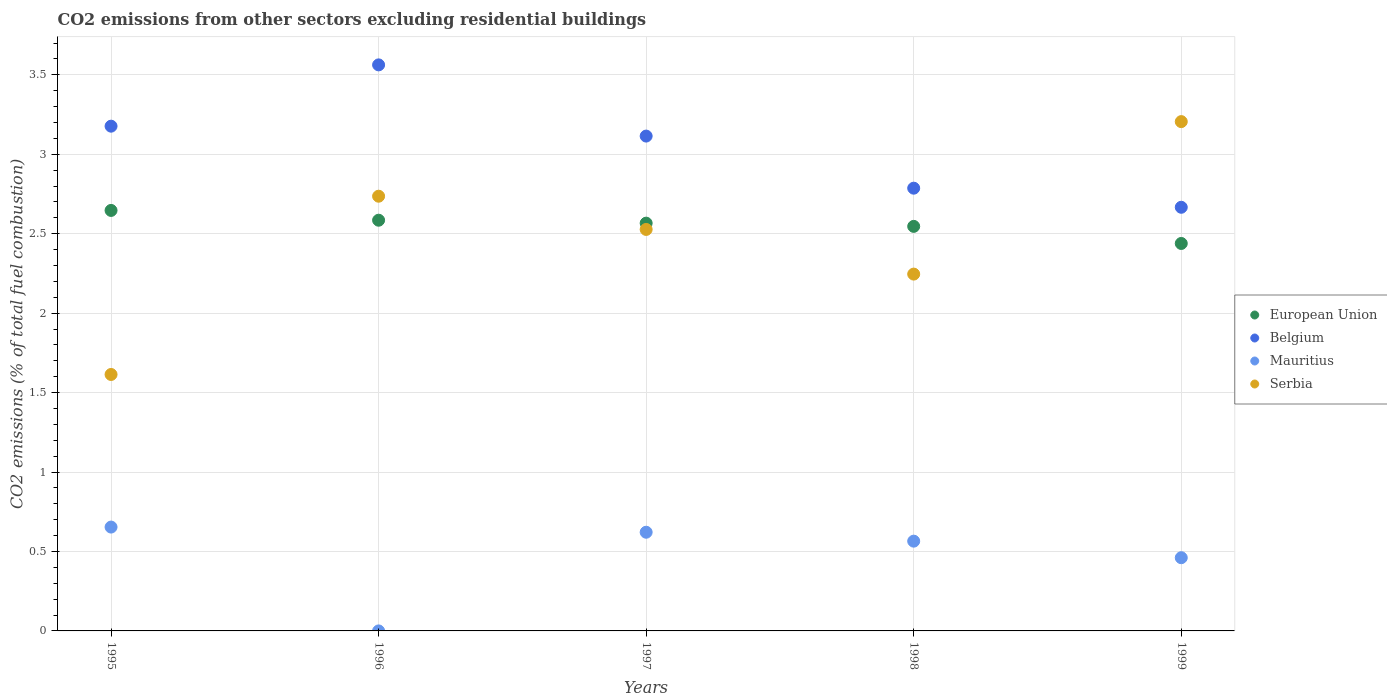
| Years | European Union | Belgium | Mauritius | Serbia |
 | --- | --- | --- | --- | --- |
 | 1995 | 2.65 | 3.18 | 0.654 | 1.61 |
 | 1996 | 2.58 | 3.56 | 5.42e-16 | 2.74 |
 | 1997 | 2.57 | 3.11 | 0.621 | 2.53 |
 | 1998 | 2.55 | 2.79 | 0.565 | 2.25 |
 | 1999 | 2.44 | 2.67 | 0.461 | 3.21 |